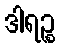
ဒါရဉ္စ